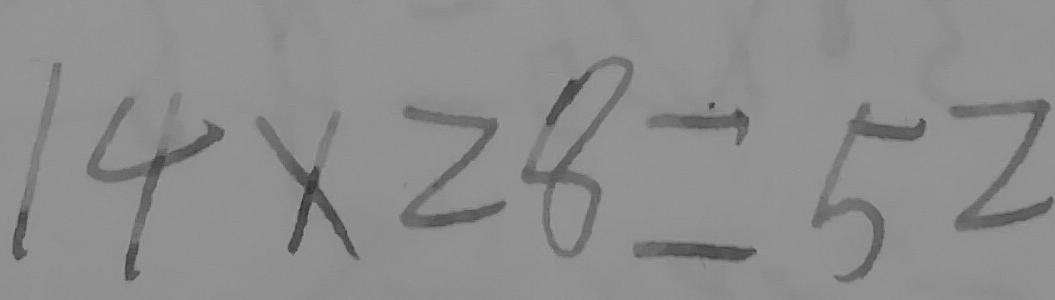
1 4 \times 2 8 = 5 2